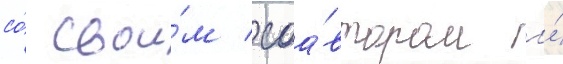
со́ свои́м соа́втором и́